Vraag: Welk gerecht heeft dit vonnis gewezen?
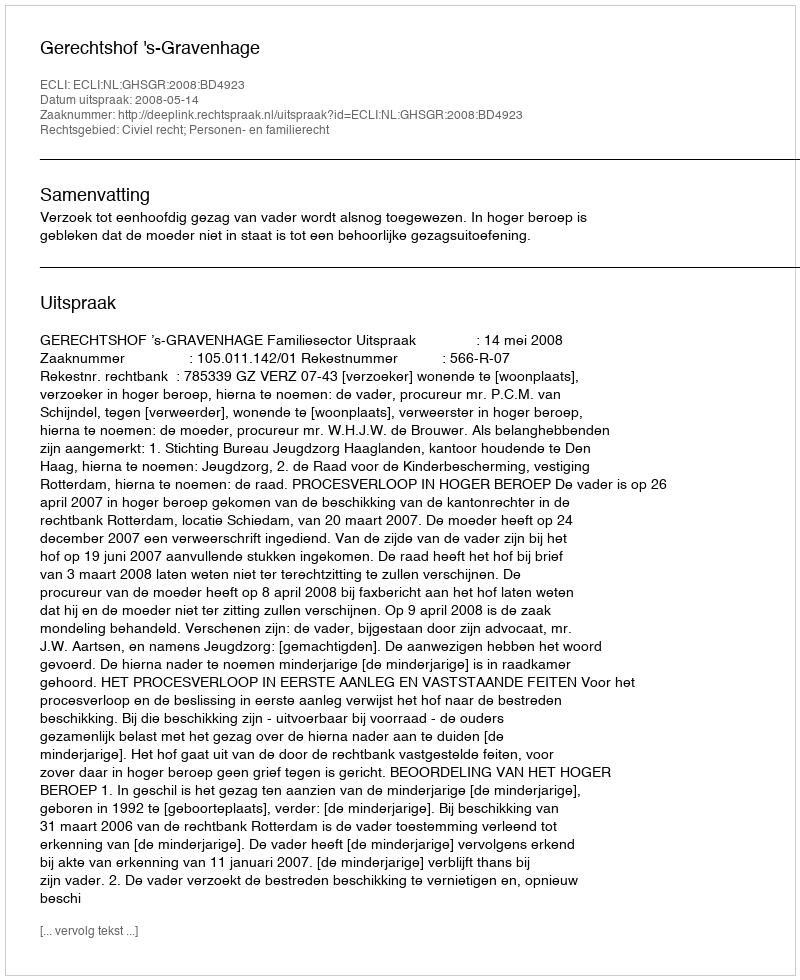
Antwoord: Gerechtshof 's-Gravenhage